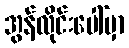
အွန်လိုင်းပေါ်မှာ